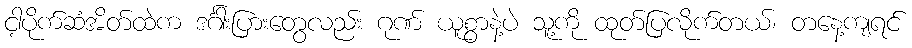
ငါ့ပိုက်ဆံအိတ်ထဲက ဒင်္ဂါးပြားတွေလည်း ဂုဏ် ယူစွာနဲ့ပဲ သူ့ကို ထုတ်ပြလိုက်တယ်၊ တနေ့ကျရင်